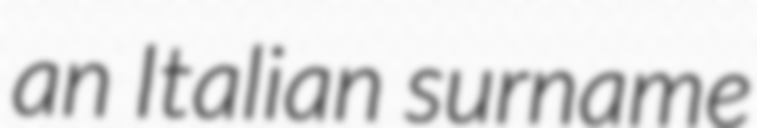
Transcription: an Italian surname